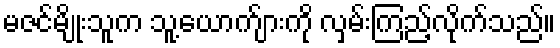
မဇင်မျိုးသူက သူ့ယောက်ျားကို လှမ်းကြည့်လိုက်သည်။